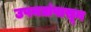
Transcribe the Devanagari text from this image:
उपनद्यांपासून